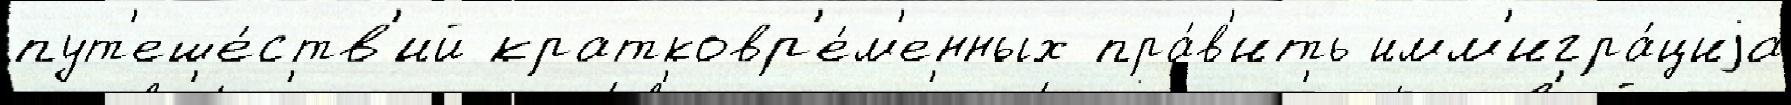
пут'еше́ств'ий кратковр'е́м'енных пра́в'ить имм'игра́циjа